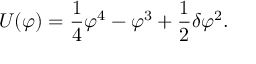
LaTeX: U ( \varphi ) = { \frac { 1 } { 4 } } \varphi ^ { 4 } - \varphi ^ { 3 } + { \frac { 1 } { 2 } } \delta \varphi ^ { 2 } .